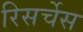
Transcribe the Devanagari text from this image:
रिसर्चेस